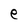
Character: e